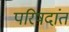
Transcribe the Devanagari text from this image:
परिषदांत